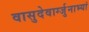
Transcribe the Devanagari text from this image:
वासुदेवार्ग्जुनाभ्यां